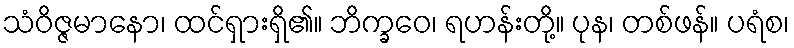
သံဝိဇ္ဇမာနော၊ ထင်ရှားရှိ၏။ ဘိက္ခဝေ၊ ရဟန်းတို့။ ပုန၊ တစ်ဖန်။ ပရံစ၊